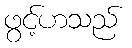
ဖွင့်ဟသည်